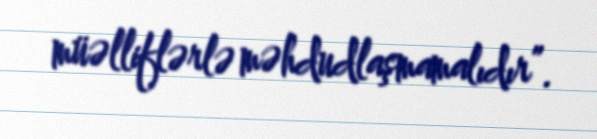
müəlliflərlə məhdudlaşmamalıdır”.